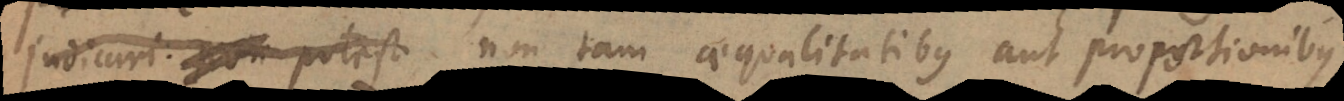
judicari potest non tam aequalitatibus aut proportionibus